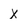
Character: X